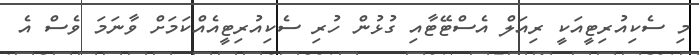
މި ސެކިއުރިޓީއަކީ ރިއަލް އެސްޓޭޓާއި ގުޅުން ހުރި ސެކިއުރިޓީއެއްކަމަށް ވާނަމަ ވެސް އެ